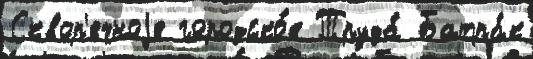
Сквор'ечноjе городско́е Труда́ Батра́к